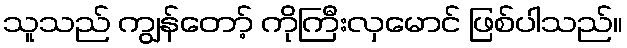
သူသည် ကျွန်တော့် ကိုကြီးလှမောင် ဖြစ်ပါသည်။